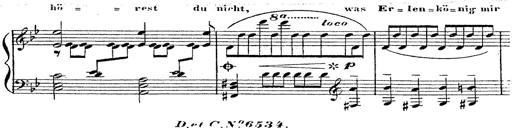
Title: 12 Lieder von Franz Schubert
Composer: Franz Liszt